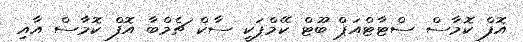
އޮފް ކޮމާސް ސްޓާޓްއަޕް ބޫޓް ކޭމްޕަކީ ސާކް ޗެމްބާ އޮފް ކޮމާސް އާއި